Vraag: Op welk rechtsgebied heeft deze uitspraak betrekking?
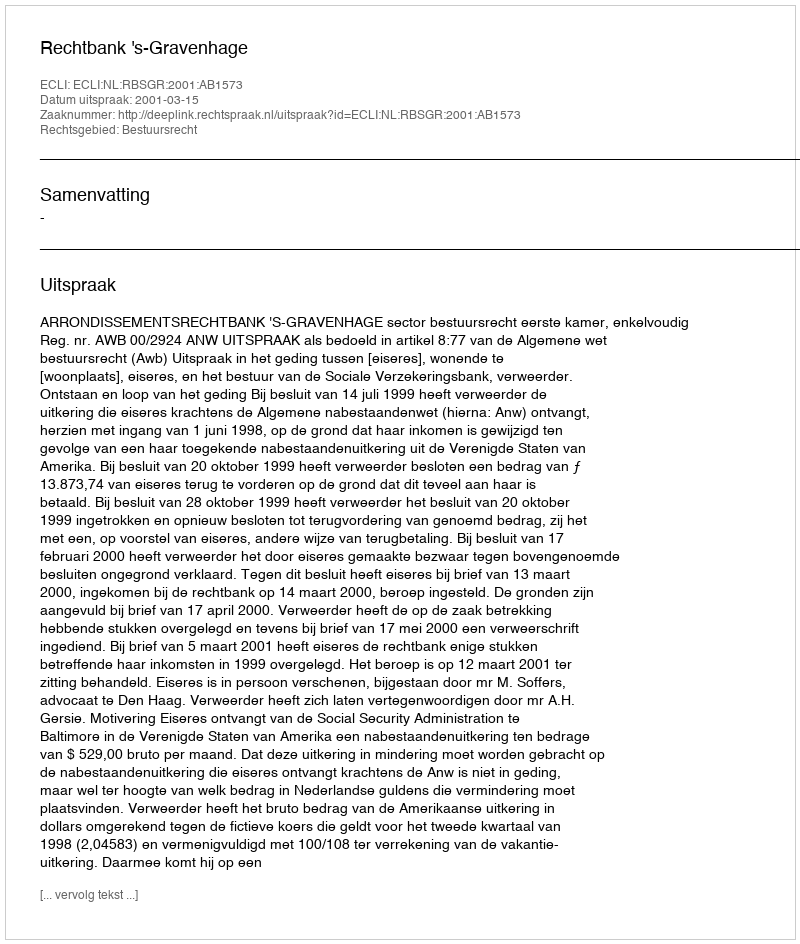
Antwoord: Bestuursrecht